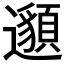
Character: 𨘷